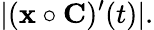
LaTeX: |(\mathbf{x}\circ\mathbf{C})^{\prime}(t)|.